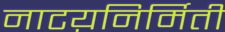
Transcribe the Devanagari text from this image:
नाटय़निर्मिती